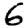
Digit: 6